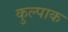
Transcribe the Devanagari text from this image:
कुल्पाक